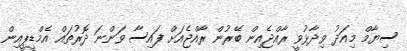
ސިޔާމް މިއަދު ވިދާޅުވީ ރާއްޖެއިން ބޭރުން ރާއްޖެއަށް ފައިސާ ވަންނަ ދޮރުތައް އެމްޑީޕީއިން